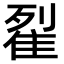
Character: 𨾸